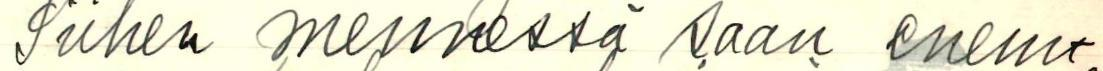
Siihen mennessä saan enem-